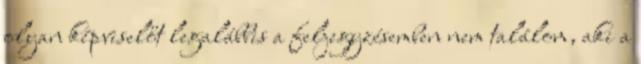
olyan képviselőt legalábbis a feljegyzésemben nem találom, aki a